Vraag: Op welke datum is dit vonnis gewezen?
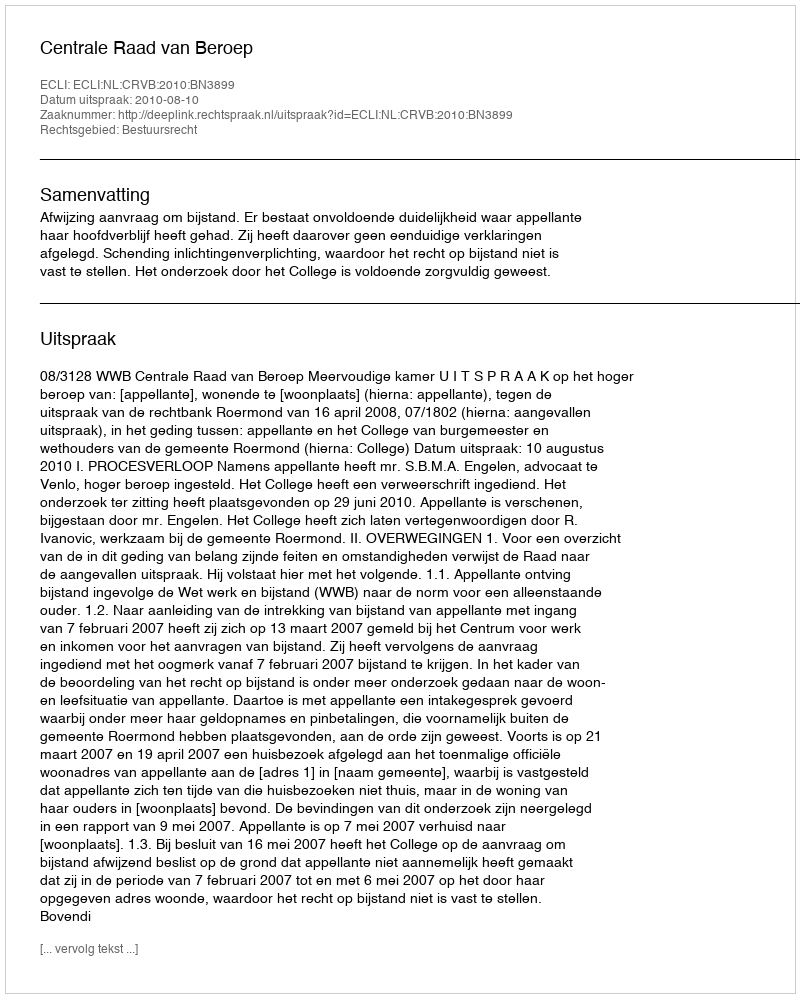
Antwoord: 2010-08-10